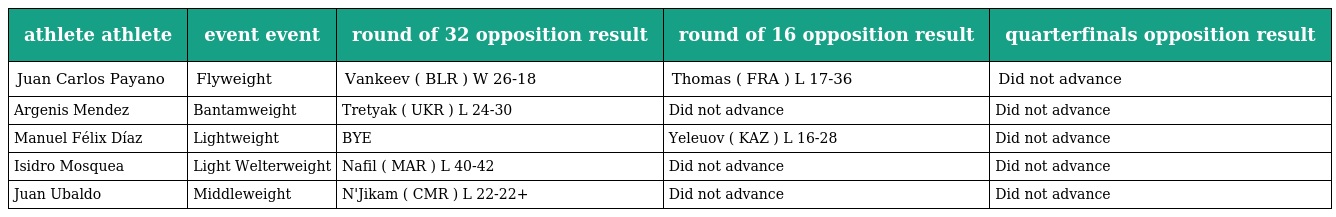
| athlete athlete | event event | round of 32 opposition result | round of 16 opposition result | quarterfinals opposition result |
 | --- | --- | --- | --- | --- |
 | Juan Carlos Payano | Flyweight | Vankeev ( BLR ) W 26-18 | Thomas ( FRA ) L 17-36 | Did not advance |
 | Argenis Mendez | Bantamweight | Tretyak ( UKR ) L 24-30 | Did not advance | Did not advance |
 | Manuel Félix Díaz | Lightweight | BYE | Yeleuov ( KAZ ) L 16-28 | Did not advance |
 | Isidro Mosquea | Light Welterweight | Nafil ( MAR ) L 40-42 | Did not advance | Did not advance |
 | Juan Ubaldo | Middleweight | N'Jikam ( CMR ) L 22-22+ | Did not advance | Did not advance |